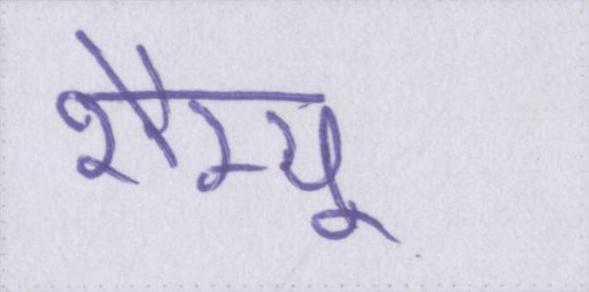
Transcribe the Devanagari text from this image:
शैम्पू